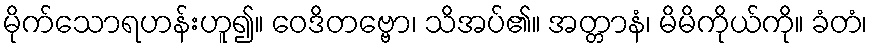
မိုက်သောရဟန်းဟူ၍။ ဝေဒိတဗ္ဗော၊ သိအပ်၏။ အတ္တာနံ၊ မိမိကိုယ်ကို။ ခံတံ၊